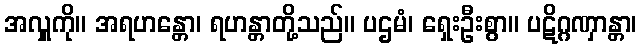
အလှူကို။ အရဟန္တော၊ ရဟန္တာတို့သည်။ ပဌမံ၊ ရှေးဦးစွာ။ ပဋိဂ္ဂဏှာန္တာ၊